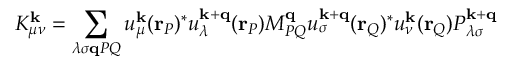
K _ { \mu \nu } ^ { \mathbf { k } } = \sum _ { \lambda \sigma \mathbf { q } P Q } u _ { \mu } ^ { \mathbf { k } } ( \mathbf { r } _ { P } ) ^ { * } u _ { \lambda } ^ { \mathbf { k } + \mathbf { q } } ( \mathbf { r } _ { P } ) M _ { P Q } ^ { \mathbf { q } } u _ { \sigma } ^ { \mathbf { k } + \mathbf { q } } ( \mathbf { r } _ { Q } ) ^ { * } u _ { \nu } ^ { \mathbf { k } } ( \mathbf { r } _ { Q } ) P _ { \lambda \sigma } ^ { \mathbf { k } + \mathbf { q } }